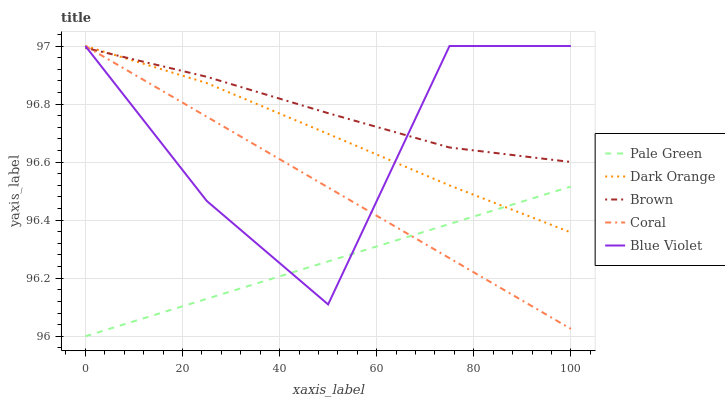
| xaxis_label | Pale Green | Dark Orange | Brown | Coral | Blue Violet |
 | --- | --- | --- | --- | --- | --- |
 | 0 | 96 | 97 | 97 | 97 | 97 |
 | 25 | 96.1 | 96.9 | 96.9 | 96.8 | 96.5 |
 | 50 | 96.3 | 96.7 | 96.8 | 96.5 | 96.1 |
 | 75 | 96.4 | 96.5 | 96.7 | 96.3 | 97 |
 | 100 | 96.5 | 96.4 | 96.6 | 96 | 97 |